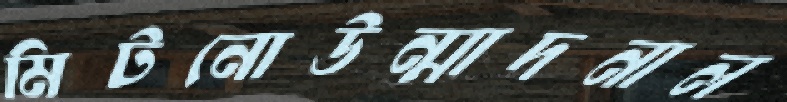
মিটনোউন্মাদনাল